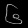
Digit: ၆